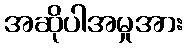
အဆိုပါအမှုအား